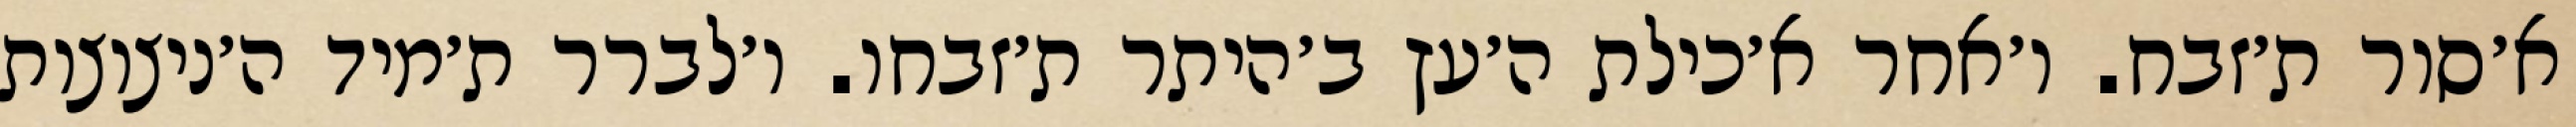
א׳סור ת׳זבח. ו׳אחר א׳כילת ה׳עץ ב׳היתר ת׳זבחו. ו׳לברר ת׳מיד ה׳ניצוצות